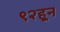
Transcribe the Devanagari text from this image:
९२हून